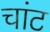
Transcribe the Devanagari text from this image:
चांट